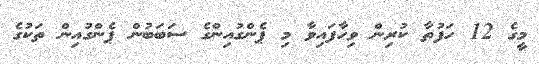
މީގެ 12 ހަފުތާ ކުރިން ވިހާފައިވާ މި ޕެންގުއިންގެ ސަބަބުން ޕެންގުއިން ތަކުގެ